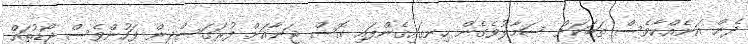
ދެން އަނެއްކާވެސް ތަބަކަށް ސަމާލުވެގެން ހިނގައިގެންފައި ގޮސް ޖަނާއަށް ފުރަގަސްދިން ފަހުންވެސް ޖޯޑުތައް